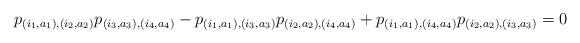
LaTeX: \begin{align*}p_{(i_1, a_1), (i_2, a_2)} p_{(i_3, a_3), (i_4, a_4)} - p_{(i_1, a_1), (i_3, a_3)} p_{(i_2, a_2), (i_4, a_4)} + p_{(i_1, a_1), (i_4, a_4)} p_{(i_2, a_2), (i_3, a_3)} = 0\\\end{align*}